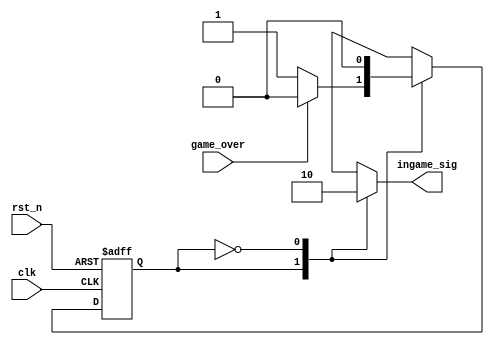
module game_process_module
( clk, rst_n, game_over, 
  ingame_sig
);
input clk;
input rst_n;
input game_over;
output ingame_sig;

/**************************************************/

parameter in_game = 1'b1, out_game = 1'b0;

/**************************************************/

reg game_current_process;
reg game_next_process;
reg ingame_sig_r;

/**************************************************/

always @ ( posedge clk or negedge rst_n )
begin
  if( !rst_n )
     game_current_process <= in_game;
  else 
     game_current_process <= game_next_process;
end
  
always @ ( game_current_process or game_over )
begin
  case( game_current_process )
    in_game:
    begin
      ingame_sig_r = 1;
      if( game_over )
        game_next_process = out_game;
      else 
        game_next_process = in_game;
    end
    out_game:
    begin
      ingame_sig_r = 0;
      game_next_process = out_game;
    end
  endcase
end

/**************************************************/

assign ingame_sig = ingame_sig_r;

/**************************************************/

endmodule